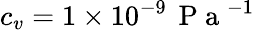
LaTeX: c_{v}=1\times 10^{-9}\, \mathrm{~P~a~}^{-1}